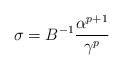
LaTeX: \begin{align*} \sigma = B^{-1}\frac{\alpha^{p+1}}{\gamma^p} \end{align*}